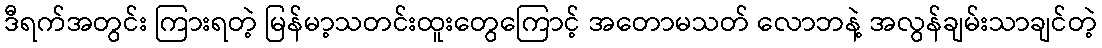
ဒီရက်အတွင်း ကြားရတဲ့ မြန်မာ့သတင်းထူးတွေကြောင့် အတောမသတ် လောဘနဲ့ အလွန်ချမ်းသာချင်တဲ့